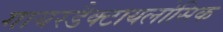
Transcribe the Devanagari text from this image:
गायरडैक्टायलोसिक